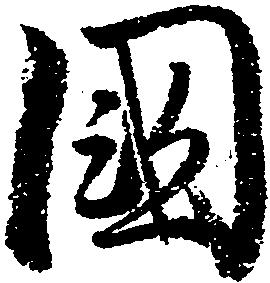
国